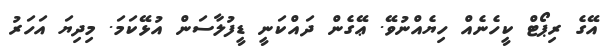
އޭގެ ރިޕޯޓް ކީހެނެއް ހިޔެއްނުވޭ. ޢޭގެން ދައްކަނީ ޑީފުލާސަން އުޅޭކަމަ. މިދިޔަ އަހަރު